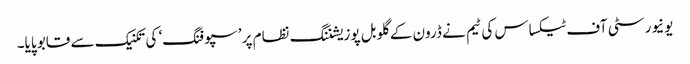
یونیورسٹی آف ٹیکساس کی ٹیم نے ڈرون کے گلوبل پوزیشننگ نظام پر ’سپوفنگ‘ کی تکنیک سے قابو پایا۔